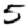
Digit: 5